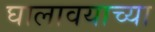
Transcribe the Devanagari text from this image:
घालावयाच्या